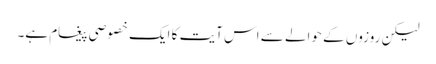
لیکن روزوں کے حوالے سے اس آیت کا ایک خصوصی پیغام ہے۔